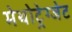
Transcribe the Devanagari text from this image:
मेथोट्रेग्जेट